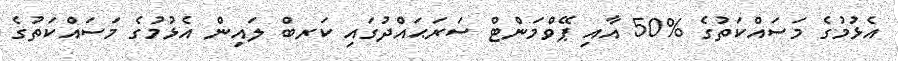
އެޅުމުގެ މަސައްކަތުގެ %50 އާއި ޕޭވްމަންޓް ސަރަޙައްދުގައި ކަރބް ލައިން އެޅުމުގެ މަސައްކަތުގެ